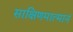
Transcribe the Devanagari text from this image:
साक्षिणमात्मानं